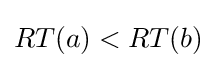
RT(a)<RT(b)